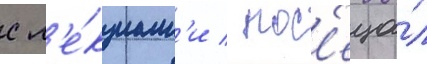
с л'е́кциам'и / пос'еща́л